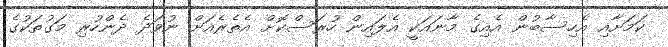
ކަމަށާއި އެހިސާބުން އެއިގެ މާނައަކީ އެލައިން ހުރަސްކޮށް އެތެރެއަށް ނުވަދެ ދެންހުރި މަގުތަކުގެ